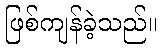
ဖြစ်ကျန်ခဲ့သည်။